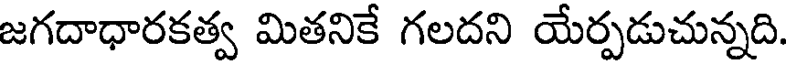
జగదాధారకత్వ మితనికే గలదని యేర్పడుచున్నది.